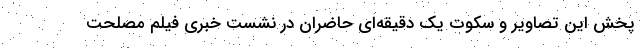
پخش این تصاویر و سکوت یک دقیقه‌ای حاضران در نشست خبری فیلم مصلحت